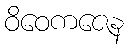
ဝိဝေကဇေန